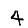
Digit: 4